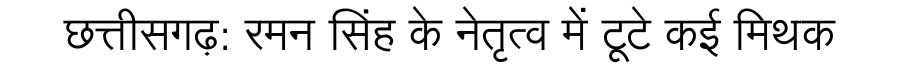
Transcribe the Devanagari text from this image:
छत्तीसगढ़: रमन सिंह के नेतृत्व में टूटे कई मिथक